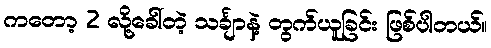
ကတော့ 2 လို့ခေါ်တဲ့ သင်္ချာနဲ့ တွက်ယူခြင်း ဖြစ်ပါတယ်။